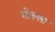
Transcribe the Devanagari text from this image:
गोल्ला